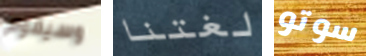
وسيقوم لغتنا سوتو